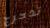
تدحرج